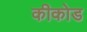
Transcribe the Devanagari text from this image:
कीकोड